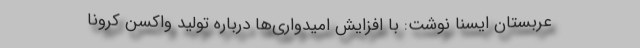
عربستان ایسنا نوشت: با افزایش امیدواری‌ها درباره تولید واکسن کرونا